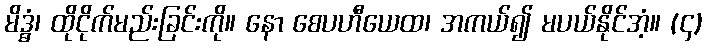
မိဒ္ဓံ၊ ထိုငိုက်မည်းခြင်းကို။ နော စေပဟီယေထ၊ အကယ်၍ မပယ်နိုင်အံ့။ (၄)